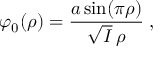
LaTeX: \varphi _ { 0 } ( \rho ) = \frac { a \sin ( \pi \rho ) } { \sqrt { I } \, \rho } \; ,